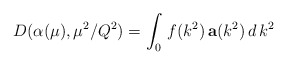
\begin{align*}D(\alpha(\mu),\mu^{2}/Q^{2}) = \int_{0}\, f( k^{2} )\,\mathbf{a} (k^{2})\, d\, k^{2}\end{align*}